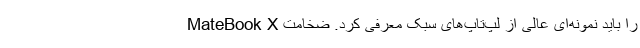
MateBook X را باید نمونه‌ای عالی از لپ‌تاپ‌های سبک معرفی کرد. ضخامت